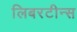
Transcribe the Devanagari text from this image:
लिबरटीन्स